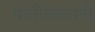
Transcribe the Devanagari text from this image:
मोतीलालांनी